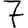
Digit: 7